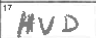
Transcription: HVD